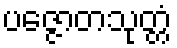
ပဇ္ဇောတသုတ္တံ